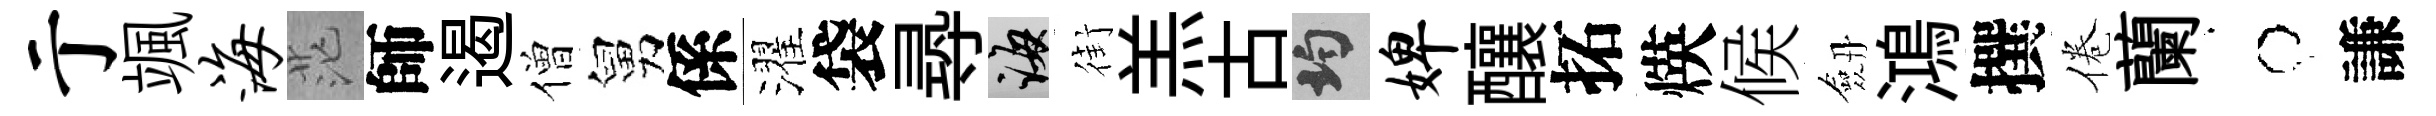
亍颯海茫師遏僧舅係濯袋𡬶誨街羔古均婢釀拓煐候劔鴻撰倦蘭牛謙